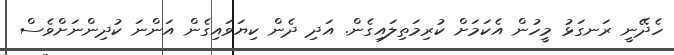
ހެދޭނީ ރަނގަޅު މީހުން އެކަމަށް ކުރިމަތިލައިގެން. އަދި ދެން ކިޔަވައިގެން އަންނަ ކުދިންނަށްވެސް